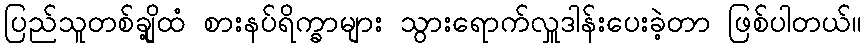
ပြည်သူတစ်ချို့ထံ စားနပ်ရိက္ခာများ သွားရောက်လှူဒါန်းပေးခဲ့တာ ဖြစ်ပါတယ်။